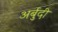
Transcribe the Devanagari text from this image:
अर्बुदी